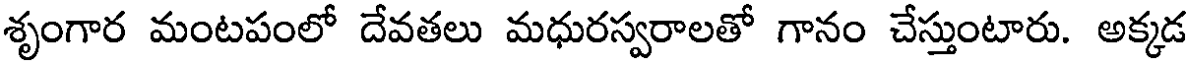
శృంగార మంటపంలో దేవతలు మధురస్వరాలతో గానం చేస్తుంటారు. అక్కడ